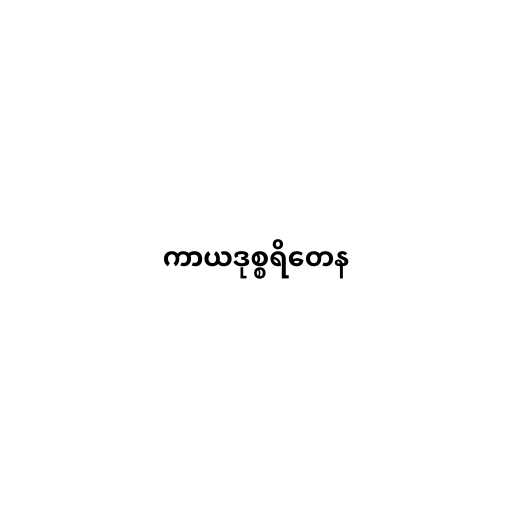
ကာယဒုစ္စရိတေန